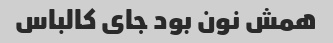
همش نون بود جای کالباس